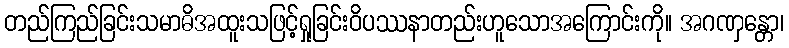
တည်ကြည်ခြင်းသမာဓိအထူးသဖြင့်ရှုခြင်းဝိပဿနာတည်းဟူသောအကြောင်းကို။ အဂဏှန္တော၊